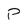
Character: P